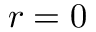
r = 0